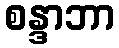
စန္ဒာဘာ